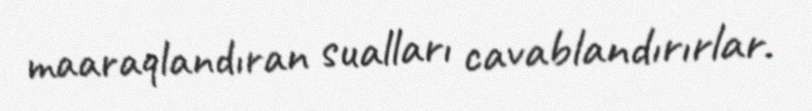
maaraqlandıran sualları cavablandırırlar.